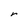
Character: r